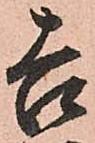
吉